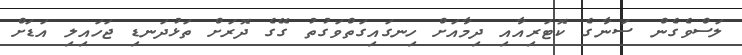
ލަސްވެގެން ސަނާގެ ކޮޓަރިއާއި ދިމާއަށް ހިނގައިގަތްވަގުތު ގޭގެ ދޮރަށް ތަޅުދަނޑި ޖަހައިލި އަޑަށް